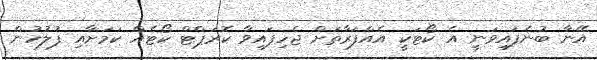
އޭނާ ބުނެފައިވަނީ އެ ކޯޓަކީ އެއްފަރާތަށް ޖެހިފައިވާ ކޮރަޕްޓް ކޯޓެއް ކަމަށާއި ފުލުހުން